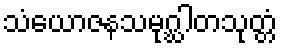
သံယောဇနသမုဂ္ဃါတသုတ္တံ